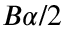
B \alpha / 2